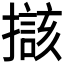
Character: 𱠼